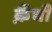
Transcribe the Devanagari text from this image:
क़ैंची